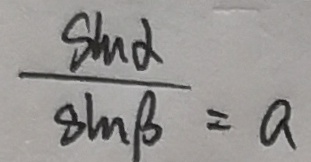
\frac { \sin \alpha } { \sin \beta } = a